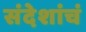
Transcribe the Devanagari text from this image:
संदेशांचं